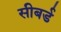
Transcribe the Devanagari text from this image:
सीबर्ड